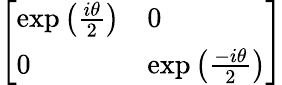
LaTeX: \left[\begin{array}{ll}{\exp\left({\frac{i\theta}{2}}\right)}&{0}\\ {0}&{\exp\left({\frac{-i\theta}{2}}\right)}\end{array}\right]